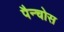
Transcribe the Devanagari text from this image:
पैन्चोस